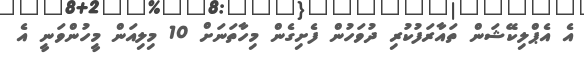
އެ އެޕްލިކޭޝަން ތައާރަފުކުރި ދުވަހުން ފެށިގެން މިހާތަނަށް 10 މިލިއަން މީހުންވަނީ އެ